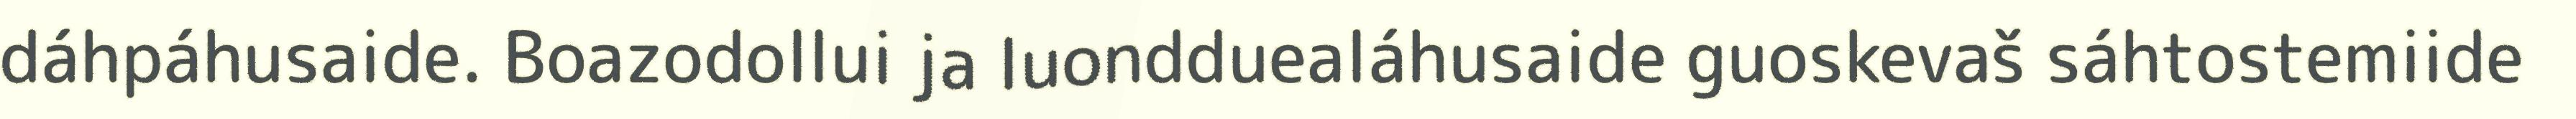
dáhpáhusaide. Boazodollui ja luondduealáhusaide guoskevaš sáhtostemiide